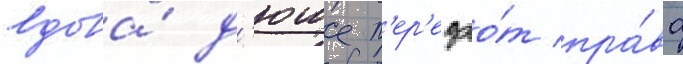
вдова́ д'юше п'ер'едао́т пра́ва